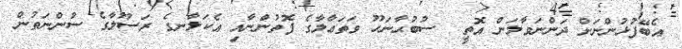
އެބޭފުޅުންނަށް ދަންނަވާލަން އޮތީ  ސުބުޙާނަހޫ ވަތަޢާލާގެ ފޮތުންނާއި އެކަލާނގެ ރަސޫލާގެ ސުންނަތުން